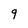
Character: 9